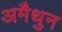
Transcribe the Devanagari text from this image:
अमैथुन